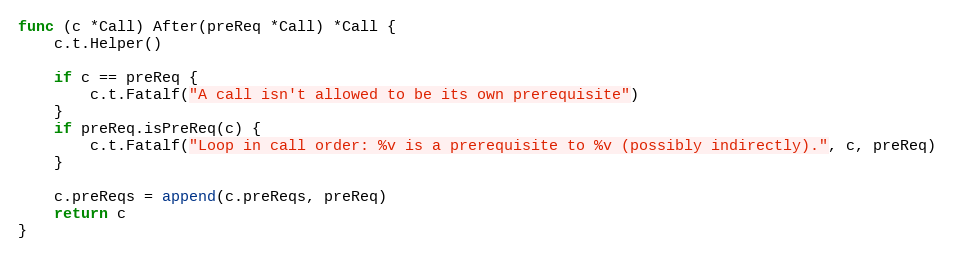
Language: Go
func (c *Call) After(preReq *Call) *Call {
	c.t.Helper()

	if c == preReq {
		c.t.Fatalf("A call isn't allowed to be its own prerequisite")
	}
	if preReq.isPreReq(c) {
		c.t.Fatalf("Loop in call order: %v is a prerequisite to %v (possibly indirectly).", c, preReq)
	}

	c.preReqs = append(c.preReqs, preReq)
	return c
}